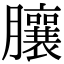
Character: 䑋